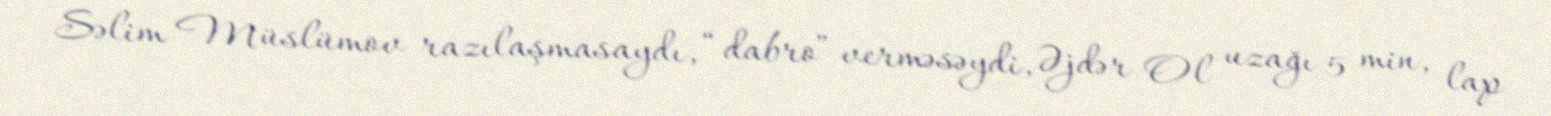
Səlim Müslümov razılaşmasaydı, “dabro” verməsəydi, Əjdər Ol uzağı 5 min, lap